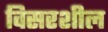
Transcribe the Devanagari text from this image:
विसरशील